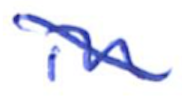
Text: in
Cross-out: diagonal
Writing tool: ballpoint